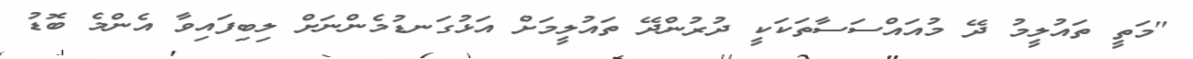
"މަތީ ތައުލީމު ދޭ މުއައްސަސާތަކަކީ ދުރުންދޭ ތައުލީމަށް އަޅުގަނޑުމެންނަށް ލިބިފައިވާ އެންމެ ބޮޑު